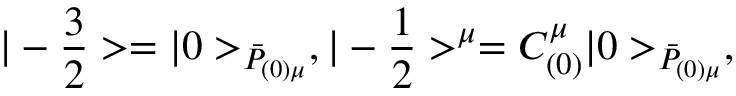
| - { \frac { 3 } { 2 } } > = | 0 > _ { { \bar { \cal P } } _ { ( 0 ) \mu } } , | - { \frac { 1 } { 2 } } > ^ { \mu } = { \cal C } _ { ( 0 ) } ^ { \mu } | 0 > _ { \bar { \cal P } _ { ( 0 ) \mu } } ,